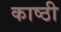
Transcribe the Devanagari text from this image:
काष्ठी